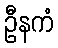
ဦနကံ